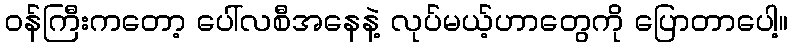
ဝန်ကြီးကတော့ ပေါ်လစီအနေနဲ့ လုပ်မယ့်ဟာတွေကို ပြောတာပေါ့။